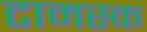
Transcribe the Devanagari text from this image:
टामस्क